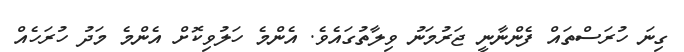
ގިނަ ހުރަސްތައް ފެންނާނީ ޖަރުމަނު ވިލާތުގައެވެ. އެންމެ ހަލުވިކޮށް އެންމެ މަދު ހުރަހެއް